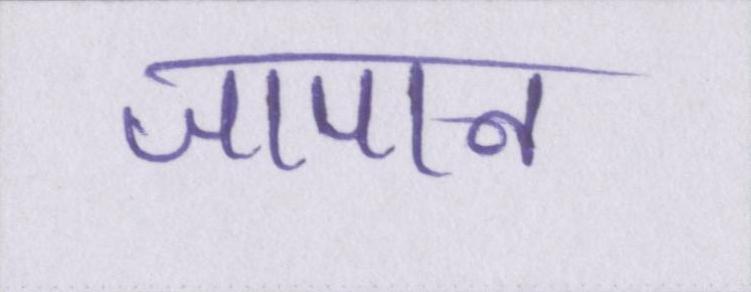
जापान